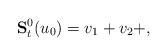
LaTeX: \begin{align*}\mathbf{S}^{0}_t(u_0)=v_1+v_2+ ,\end{align*}